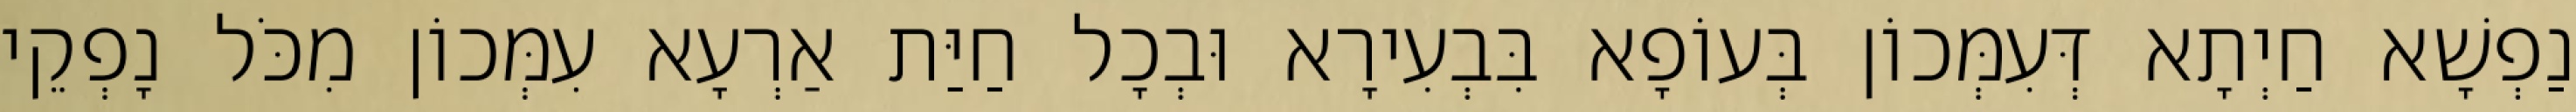
נַפְשָׁא חַיְתָא דְּעִמְּכוֹן בְּעוֹפָא בִּבְעִירָא וּבְכָל חַיַּת אַרְעָא עִמְּכוֹן מִכֹּל נָפְקֵי